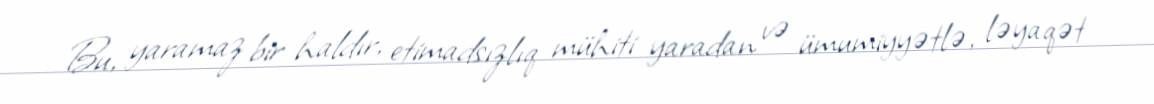
Bu, yaramaz bir haldır, etimadsızlıq mühiti yaradan və ümumiyyətlə, ləyaqət